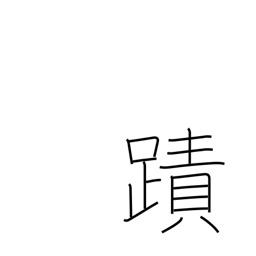
Meaning: footprint